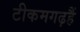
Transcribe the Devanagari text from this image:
टीकमगढ़हैं